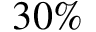
3 0 \%